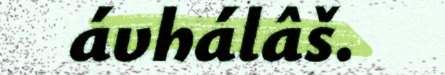
ávhálâš.